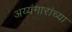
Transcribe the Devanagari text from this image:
अय्यंगारांच्या